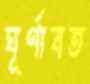
ঘূর্ণাবত